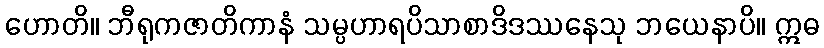
ဟောတိ။ ဘီရုကဇာတိကာနံ သမ္ပဟာရပိသာစာဒိဒဿနေသု ဘယေနာပိ။ ဣဓ